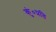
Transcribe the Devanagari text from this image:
कुं०प्रति